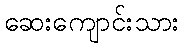
ဆေးကျောင်းသား